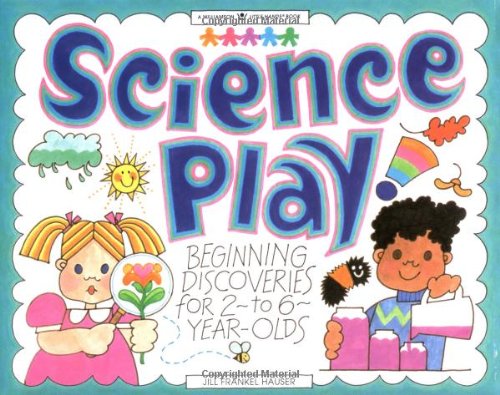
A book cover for Science Play: Beginning Discoveries for 2-To-6-Year-Olds (Williamson Little Hands Book); Jill Frankel Hauser; Science & Math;